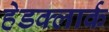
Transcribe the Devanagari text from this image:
हेडक्लार्क